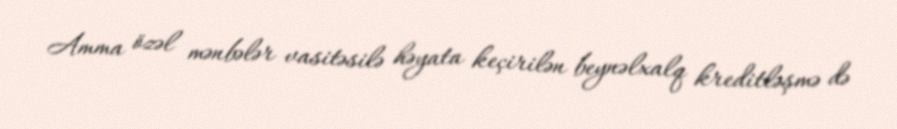
Amma özəl mənbələr vasitəsilə həyata keçirilən beynəlxalq kreditləşmə də